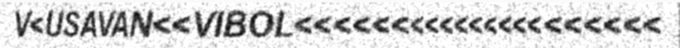
V<USAVAN<<VIBOL<<<<<<<<<<<<<<<<<<<<<